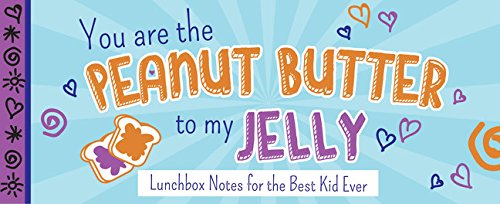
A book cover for You Are the Peanut Butter to My Jelly: Lunch Box Notes for the Best Kid Ever (Sealed with a Kiss); Sourcebooks; Humor & Entertainment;